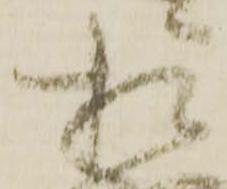
相